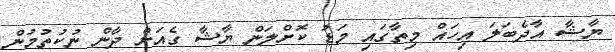
ޔާޝާ އާދެބަލަ އިހައް މިތާގައި މަޑު ކޮށްލަން ޔާޝާ ގެއަށް ދާން ނުކުތުމުން